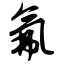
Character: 氟